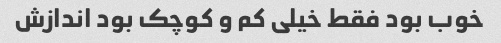
خوب بود فقط خیلی کم و کوچک بود اندازش